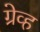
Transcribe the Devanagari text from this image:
ग्रेव्ह